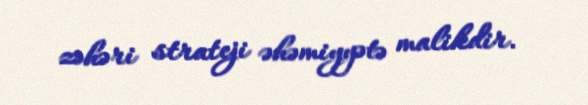
zəhəri strateji əhəmiyyətə malikdir.